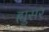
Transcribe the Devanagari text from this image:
ह्युसर